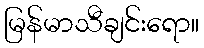
မြန်မာသီချင်းရော။